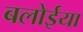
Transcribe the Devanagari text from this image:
बलोईया